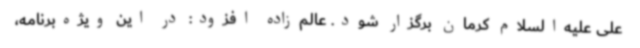
علی علیه‌السلام کرمان برگزار شود. عالم‌زاده افزود: در این ویژه‌برنامه،